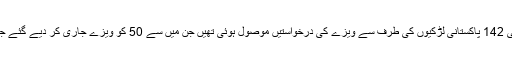
اسلام آباد میں چینی سفارت خانے کا کہنا ہے کہ اسے 2018 میں چینی لڑکوں سے شادی کرنے والی 142 پاکستانی لڑکیوں کی طرف سے ویزے کی درخواستیں موصول ہوئی تھیں جن میں سے 50 کو ویزے جاری کر دیے گئے جب کہ باقی 90 لڑکیوں کے ویزے پاکستان میں جاری تحقیقات مکمل ہونے تک روک لیے گئے ہیں۔